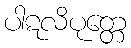
ပါဋလိပုတ္တေ